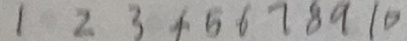
1 2 3 4 5 6 7 8 9 1 0